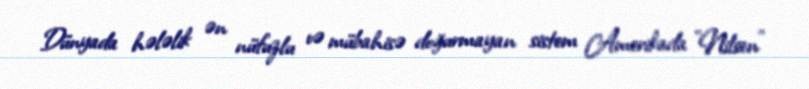
Dünyada hələlik ən nüfuzlu və mübahisə doğurmayan sistem Amerikada ”Nilsen"